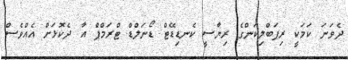
ދެވަނަ ކަމަކީ ރިޕަބްލިކަންގެ ރިޔާސީ ކެނޑިޑޭޓް ޑޯނަލްޑް ޓްރަމްޕް އާ ދެކޮޅަށް އެއްވެސް